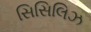
સિસિલિઝ